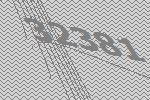
32381